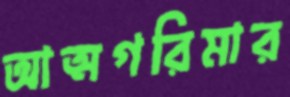
আত্মগরিমার